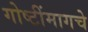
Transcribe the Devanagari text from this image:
गोष्टींमागचे